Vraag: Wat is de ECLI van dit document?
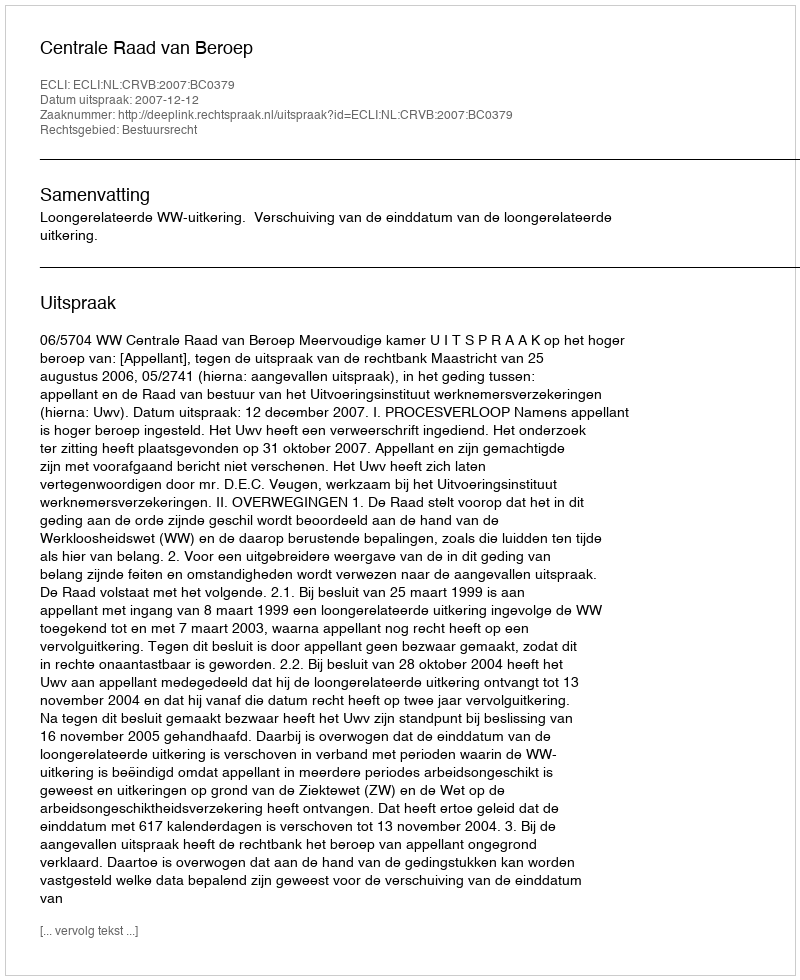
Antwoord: ECLI:NL:CRVB:2007:BC0379